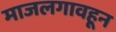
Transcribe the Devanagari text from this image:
माजलगावहून